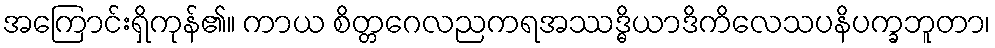
အကြောင်းရှိကုန်၏။ ကာယ စိတ္တဂေလညကရအဿဒ္ဓိယာဒိကိလေသပနိပက္ခဘူတာ၊